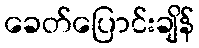
ခေတ်ပြောင်းချိန်